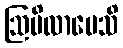
ဩပိလာပေသိ